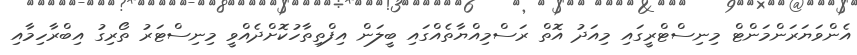
އެންވަޔަރަންމަންޓް މިނިސްޓްރީގައި މިއަދު އޮތް ރަސްމިއްޔާތެއްގައި ބީލަން އިފްތިތާހުކޮށްދެއްވީ މިނިސްޓަރު ތޯރިގު އިބްރާހިމާއި